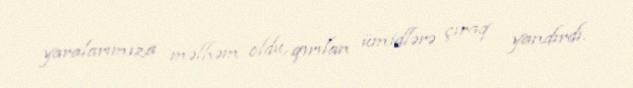
yaralarımıza məlhəm oldu, qırılan ümidlərə çıraq yandırdı.